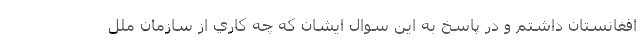
افغانستان داشتم و در پاسخ به اين سوال ايشان كه چه كاري از سازمان ملل